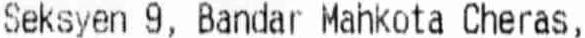
SEKSYEN 9, BANDAR MAHKOTA CHERAS,